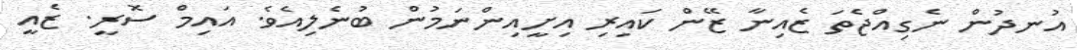
އުނދުން ނެގިއްޖެތަ ޒެއިނާ ޒޭން ކައިރި އިށީއިންނަމުން ބުނެލިއެވެ. އައިމް ސޮރީ. ޒެއީ